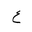
Letter: _ayn